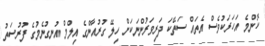
ކޮންމެ އަހަރަކުވެސް އެތައް ސަތޭކަ ދަރިވަރުންނަކަށް ހިލޭ ގުރުއާންގެ އިލްމް އުނގުނެމުގެ ފުރުސަތު